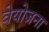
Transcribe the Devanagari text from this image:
वेयोजना